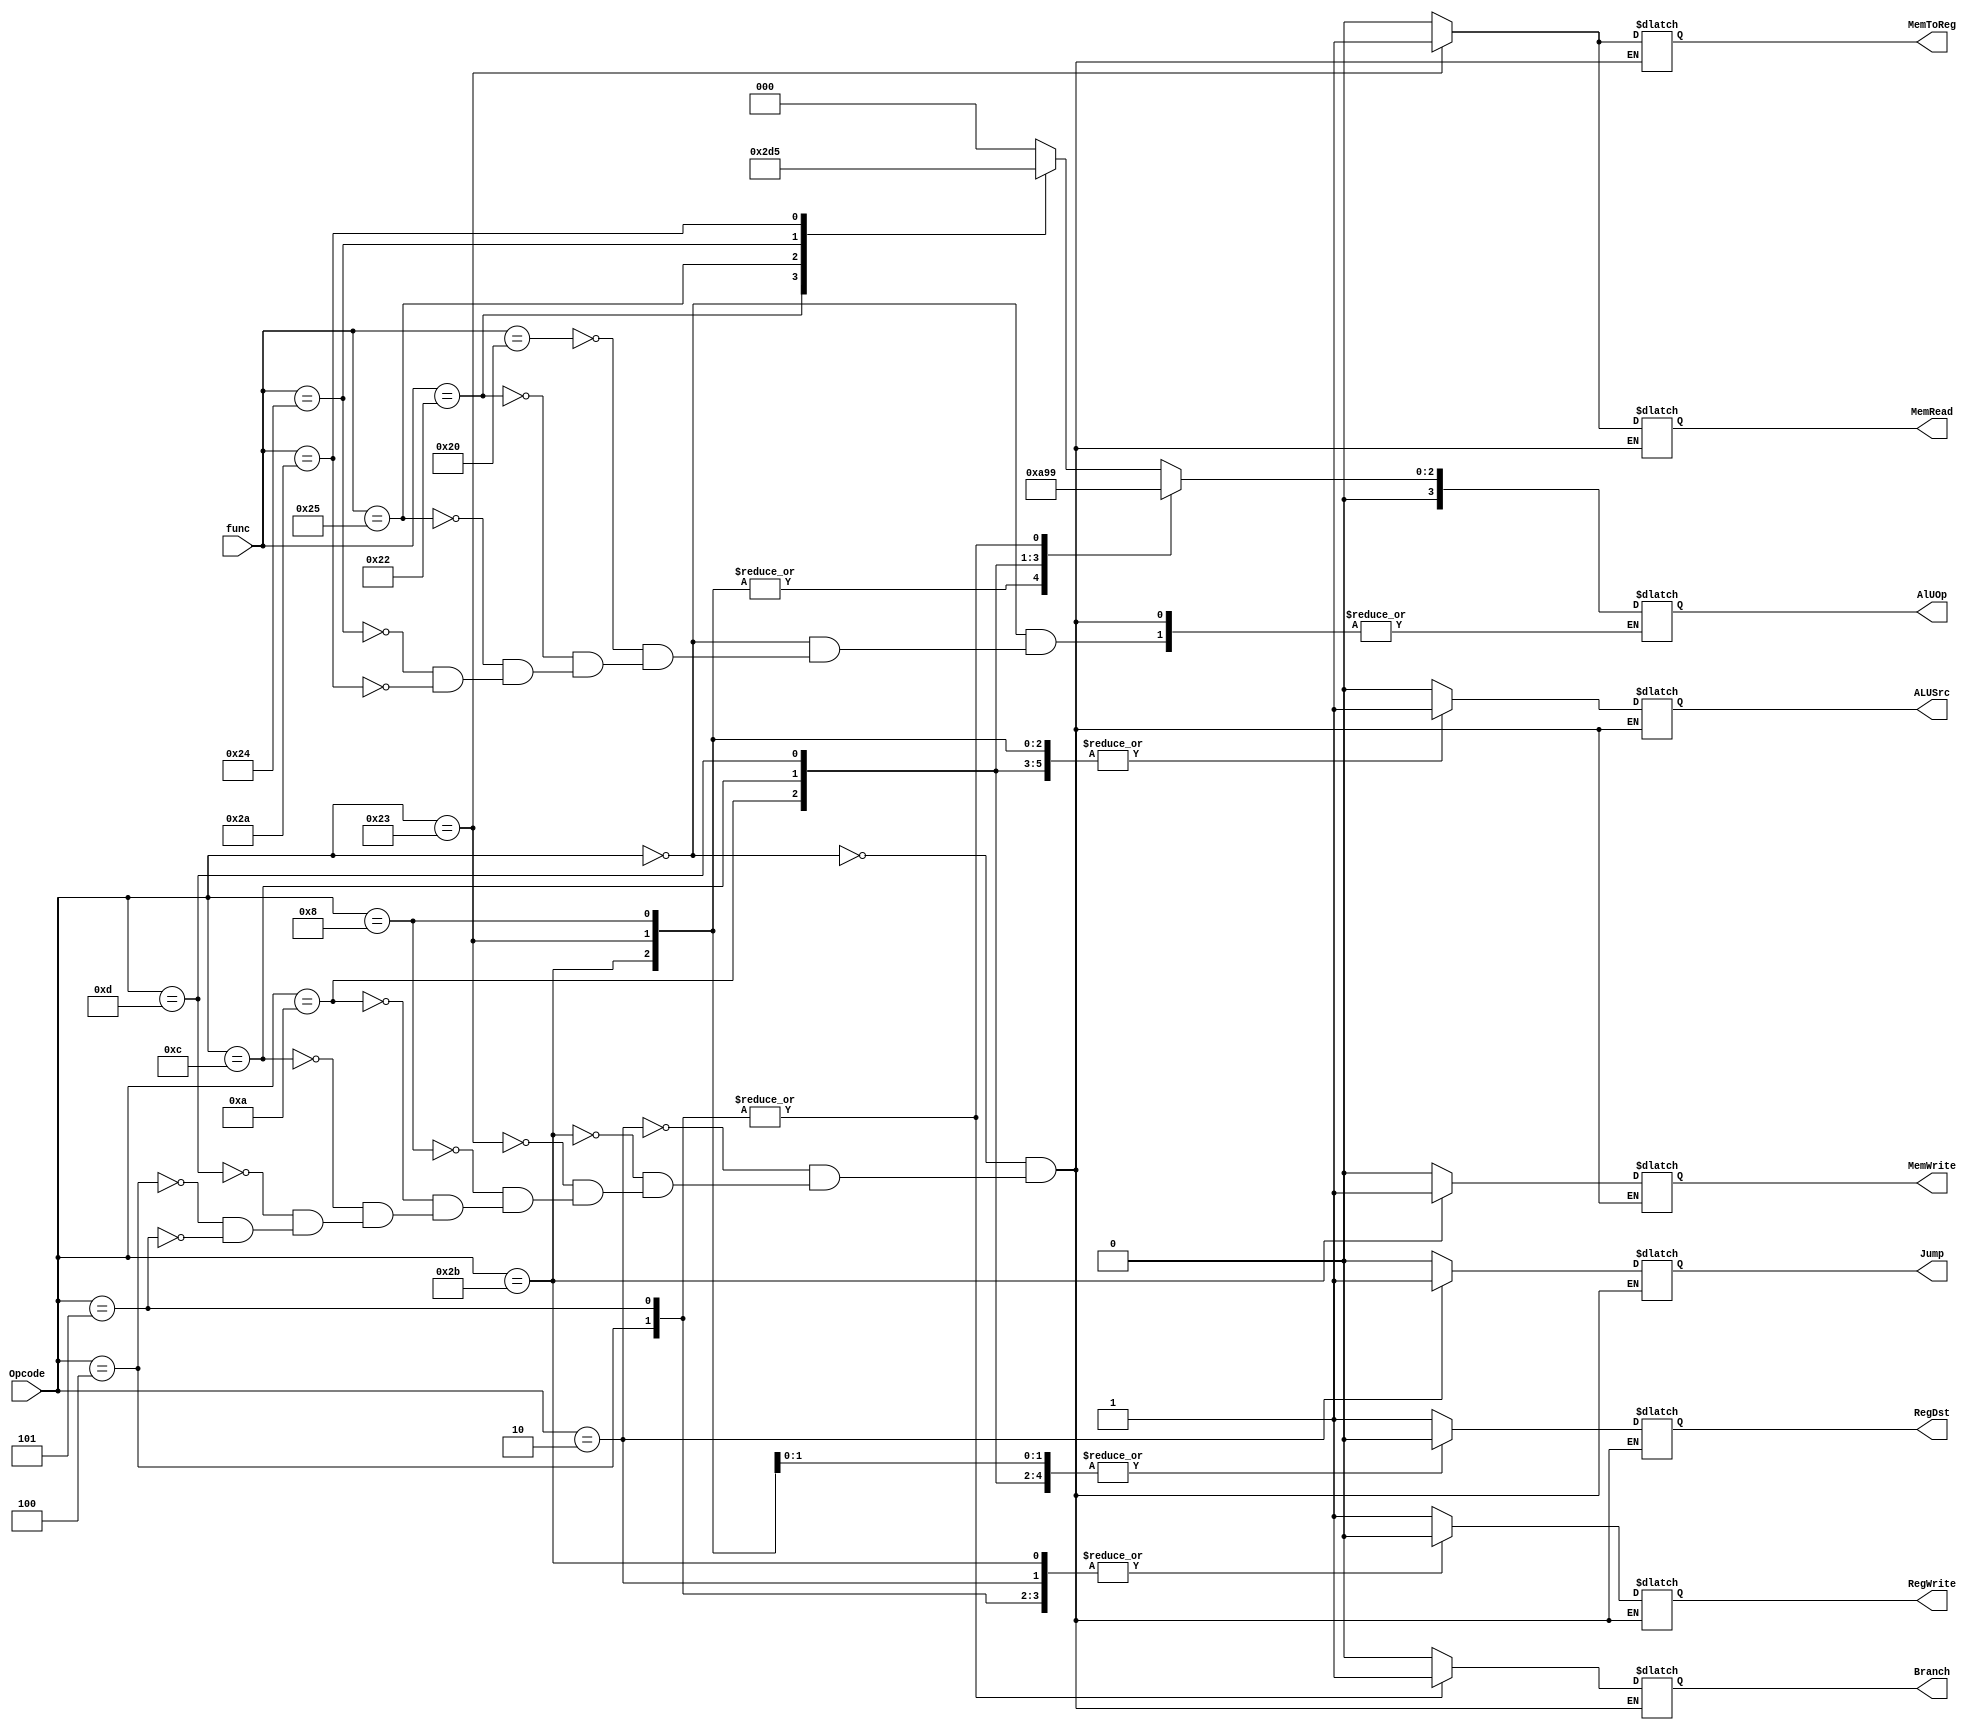
module Control (
    input [5:0] Opcode, func,
    output reg RegDst, Jump, Branch, MemRead, MemToReg, MemWrite, ALUSrc, RegWrite,
    output reg [3:0] AlUOp
    );

    always @(Opcode)
    begin
        case (Opcode)
            6'b000000:
                begin
                    // R-Type
                    RegDst = 1'b1;
                    Jump = 1'b0;
                    Branch = 1'b0;
                    MemRead = 1'b0;
                    MemToReg = 1'b0;
                    MemWrite = 1'b0;
                    ALUSrc = 1'b0;
                    RegWrite = 1'b1;

                    case (func)
                        6'b100000:
                            // add
                            AlUOp = 4'b0000;

                        6'b100010:
                            // sub
                            AlUOp = 4'b0001;

                        6'b100101:
                            // or
                            AlUOp = 4'b0011;

                        6'b100100:
                            // and
                            AlUOp = 4'b0010;

                        6'b101010:
                            // slt
                            AlUOp = 4'b0101;

                    endcase
                end
            
            // J-Type
            6'b000010:
                begin
                    // j
                    RegDst = 1'bx;
                    Jump = 1'b1;
                    Branch = 1'b0;
                    MemRead = 1'b0;
                    MemToReg = 1'bx;
                    AlUOp = 4'bxxxx;
                    MemWrite = 1'b0;
                    ALUSrc = 1'bx;
                    RegWrite = 1'b0;
                end

            // I-Type
            6'b101011:
                begin
                    // sw
                    RegDst = 1'bx;
                    Jump = 1'b0;
                    Branch = 1'b0;
                    MemRead = 1'b0;
                    MemToReg = 1'bx;
                    AlUOp = 4'b0000;
                    MemWrite = 1'b1;
                    ALUSrc = 1'b1;
                    RegWrite = 1'b0;
                end

            6'b100011:
                begin
                    // lw
                    RegDst = 1'b0;
                    Jump = 1'b0;
                    Branch = 1'b0;
                    MemRead = 1'b1;
                    MemToReg = 1'b1;
                    AlUOp = 4'b0000;
                    MemWrite = 1'b0;
                    ALUSrc = 1'b1;
                    RegWrite = 1'b1;
                end

            6'b001000:
                begin
                    // addi
                    RegDst = 1'b0;
                    Jump = 1'b0;
                    Branch = 1'b0;
                    MemRead = 1'b0;
                    MemToReg = 1'b0;
                    AlUOp = 4'b0000;
                    MemWrite = 1'b0;
                    ALUSrc = 1'b1;
                    RegWrite = 1'b1;
                end
            
            6'b001010:
                begin
                    // slti
                    RegDst = 1'b0;
                    Jump = 1'b0;
                    Branch = 1'b0;
                    MemRead = 1'b0;
                    MemToReg = 1'b0;
                    AlUOp = 4'b0101;
                    MemWrite = 1'b0;
                    ALUSrc = 1'b1;
                    RegWrite = 1'b1;
                end
            
            6'b001100:
                begin
                    // andi
                    RegDst = 1'b0;
                    Jump = 1'b0;
                    Branch = 1'b0;
                    MemRead = 1'b0;
                    MemToReg = 1'b0;
                    AlUOp = 4'b0010;
                    MemWrite = 1'b0;
                    ALUSrc = 1'b1;
                    RegWrite = 1'b1;
                end
            
            6'b001101:
                begin
                    // ori
                    RegDst = 1'b0;
                    Jump = 1'b0;
                    Branch = 1'b0;
                    MemRead = 1'b0;
                    MemToReg = 1'b0;
                    AlUOp = 4'b0011;
                    MemWrite = 1'b0;
                    ALUSrc = 1'b1;
                    RegWrite = 1'b1;
                end

            6'b000100:
                begin
                    // beq
                    RegDst = 1'bx;
                    Jump = 1'b0;
                    Branch = 1'b1;
                    MemRead = 1'b0;
                    MemToReg = 1'bx;
                    AlUOp = 4'b0001; // SUB -> zero
                    MemWrite = 1'b0;
                    ALUSrc = 1'b0;
                    RegWrite = 1'b0;
                end
            
            6'b000101:
                begin
                    // bne
                    RegDst = 1'bx;
                    Jump = 1'b0;
                    Branch = 1'b1;
                    MemRead = 1'b0;
                    MemToReg = 1'bx;
                    AlUOp = 4'b0001; // SUB -> zero
                    MemWrite = 1'b0;
                    ALUSrc = 1'b0;
                    RegWrite = 1'b0;
                end
                
        endcase
    end

endmodule